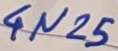
Text: 4N25